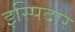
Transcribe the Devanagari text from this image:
इस्पिदार